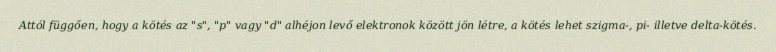
Attól függően, hogy a kötés az "s", "p" vagy "d" alhéjon levő elektronok között jön létre, a kötés lehet szigma-, pi- illetve delta-kötés.